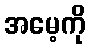
အမေ့ကို